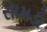
સામડી